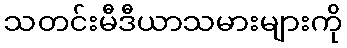
သတင်းမီဒီယာသမားများကို